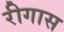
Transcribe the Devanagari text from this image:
रीगास